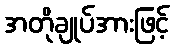
အတိုချုပ်အားဖြင့်